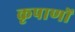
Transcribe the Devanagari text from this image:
कृपाणों